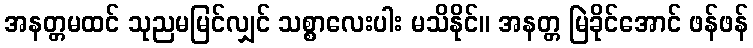
အနတ္တမထင် သုညမမြင်လျှင် သစ္စာလေးပါး မသိနိုင်။ အနတ္တ မြဲခိုင်အောင် ဖန်ဖန်